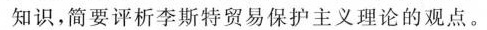
知识，简要评析李斯特贸易保护主义理论的观点。